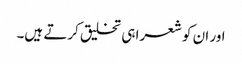
اور ان کو شعرا ہی تخلیق کرتے ہیں۔